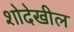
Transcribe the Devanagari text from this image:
शोदेखील